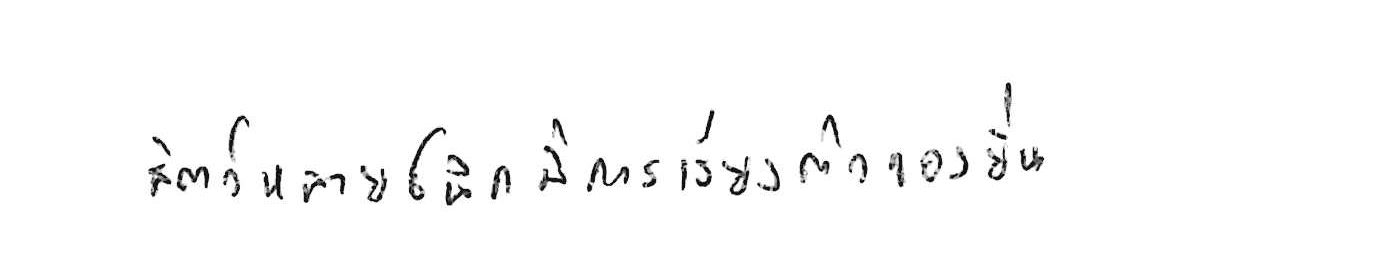
สัตว์หลายชนิดมีการเรียงตัวของยีน